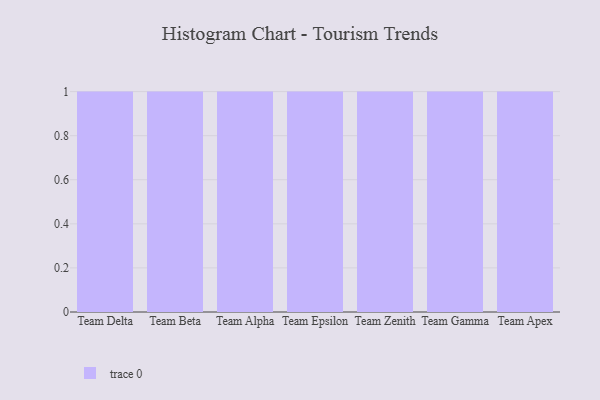
{"axis": {"x": "Team", "y": "LTV (USD)"}, "legend": [""], "data": [{"x": "Team Delta", "y": 51, "type": ""}, {"x": "Team Beta", "y": 55, "type": ""}, {"x": "Team Alpha", "y": 77, "type": ""}, {"x": "Team Epsilon", "y": 71, "type": ""}, {"x": "Team Zenith", "y": 92, "type": ""}, {"x": "Team Gamma", "y": 73, "type": ""}, {"x": "Team Apex", "y": 82, "type": ""}]}